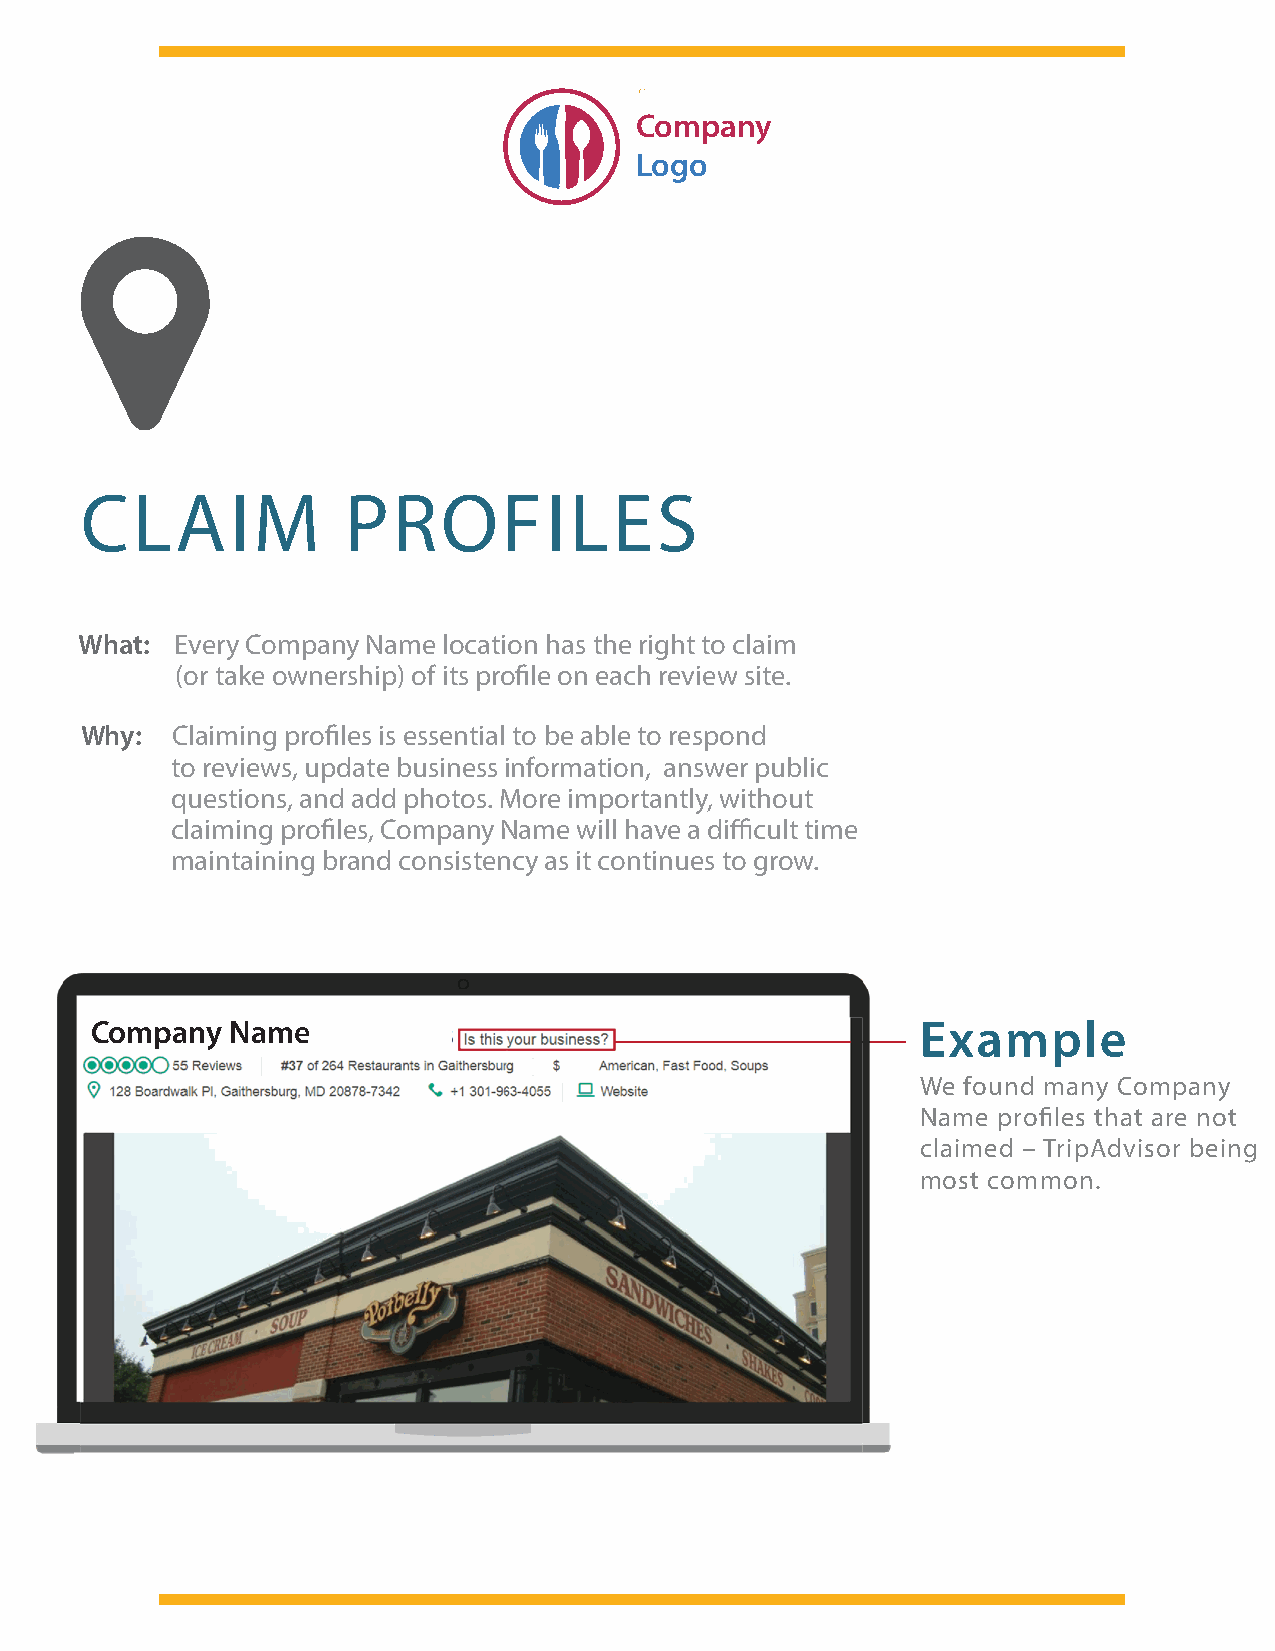
Company
 Logo
 CLAIM             PROFILES
 What:  Every Company Name location has the right to claim
 (or take ownership) of its profile on each review site.
 Why:  Claiming profiles is essential to be able to respond
 to reviews, update business information, answer public
 questions, and add photos. More importantly, without
 claiming profiles, Company Name will have a difficult time
 maintaining brand consistency as it continues to grow.
 Company  Name                                          Example
 We found many Company
 Name profiles that are not
 claimed – TripAdvisor being
 most common.